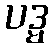
ပဒ္မ